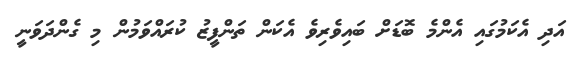
އަދި އެކަމުގައި އެންމެ ބޮޑަށް ބައިވެރިވެ އެކަން ތަންފީޒު ކުރައްވަމުން މި ގެންދަވަނީ